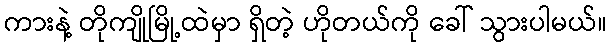
ကားနဲ့ တိုကျိုမြို့ထဲမှာ ရှိတဲ့ ဟိုတယ်ကို ခေါ် သွားပါမယ်။